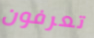
تعرفون